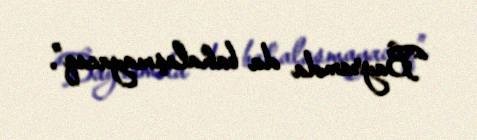
“Bayramda da bahalaşmayacaq”.